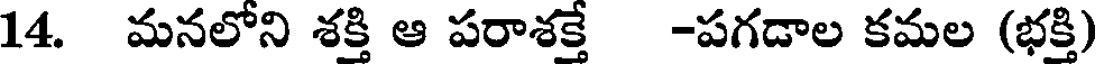
14. మనలోని శక్తి ఆ పరాశక్తే -పగడాల కమల (భక్తి)